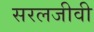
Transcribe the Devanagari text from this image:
सरलजीवी